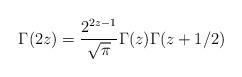
LaTeX: \begin{align*}\Gamma(2z) = \frac{2^{2z-1}}{\sqrt{\pi}}\Gamma(z)\Gamma(z+1/2)\end{align*}